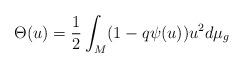
LaTeX: \begin{align*}\Theta(u)=\frac{1}{2}\int_{M}(1-q\psi(u))u^{2}d\mu_{g}\end{align*}